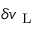
\delta v _ { \mathrm { ~ L ~ } }